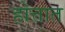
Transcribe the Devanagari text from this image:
होत्तात